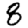
Digit: 8